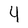
Character: 4